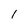
Character: I